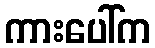
ကားပေါ်က